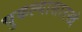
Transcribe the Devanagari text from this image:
चुकल्यासारखं